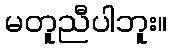
မတူညီပါဘူး။